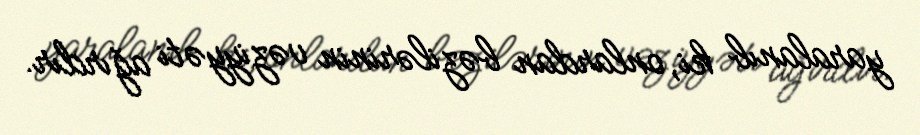
yaralanıb ki, onlardan bəzilərinin vəziyyəti ağırdır.